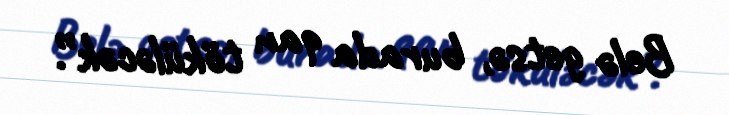
Belə getsə, burada qan töküləcək”.